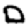
Digit: 0